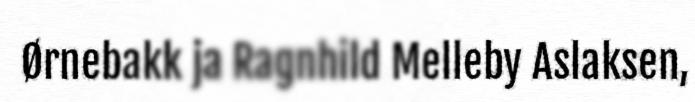
Ørnebakk ja Ragnhild Melleby Aslaksen,